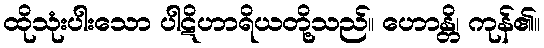
ထိုသုံးပါးသော ပါဋိဟာရိယတို့သည်။ ဟောန္တိ၊ ကုန်၏။